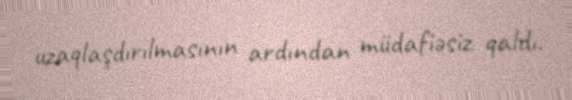
uzaqlaşdırılmasının ardından müdafiəsiz qaldı.